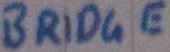
Text: BRIDGE